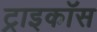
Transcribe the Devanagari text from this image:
ट्राइकॉस